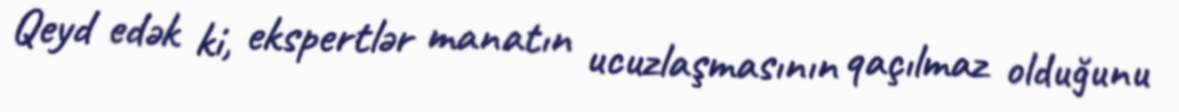
Qeyd edək ki, ekspertlər manatın ucuzlaşmasının qaçılmaz olduğunu